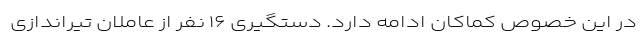
در این خصوص کماکان ادامه دارد. دستگیری ۱۶ نفر از عاملان تیراندازی